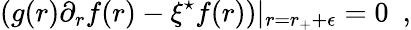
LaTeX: \left(g(r)\partial_{r}f(r)-\xi^{\star}f(r)\right)|_{r=r_{+}+\epsilon}=0~~,